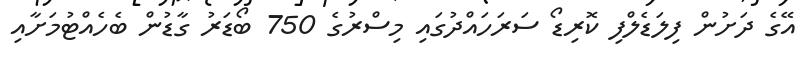
އޭގެ ދަށުން ފިލަޑެލްފި ކޮރިޑޯ ސަރަހައްދުގައި މިސްރުގެ 750 ބޯޑަރު ގާޑުން ބެހެއްޓުމަށާއި